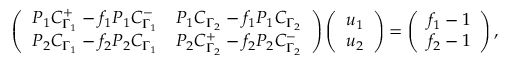
\left( \begin{array} { l l } { P _ { 1 } C _ { \Gamma _ { 1 } } ^ { + } - f _ { 1 } P _ { 1 } C _ { \Gamma _ { 1 } } ^ { - } } & { P _ { 1 } C _ { \Gamma _ { 2 } } - f _ { 1 } P _ { 1 } C _ { \Gamma _ { 2 } } } \\ { P _ { 2 } C _ { \Gamma _ { 1 } } - f _ { 2 } P _ { 2 } C _ { \Gamma _ { 1 } } } & { P _ { 2 } C _ { \Gamma _ { 2 } } ^ { + } - f _ { 2 } P _ { 2 } C _ { \Gamma _ { 2 } } ^ { - } } \end{array} \right) \left( \begin{array} { l } { u _ { 1 } } \\ { u _ { 2 } } \end{array} \right) = \left( \begin{array} { l } { f _ { 1 } - 1 } \\ { f _ { 2 } - 1 } \end{array} \right) ,